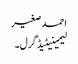
احمد صغیر
لیمینیٹیڈ گرل۔